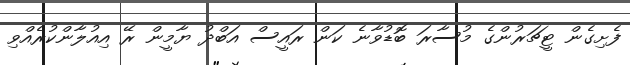
ފެށިގެން ޓީޗަރުންގެ މުސާރަ ބޮޑުވާނެ ކަން ރައީސް އަބްދު ޔާމީން ރޭ އިއުލާންކުރެއްވި